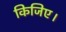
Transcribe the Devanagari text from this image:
किजिए।